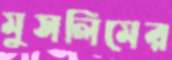
মুসলিমের